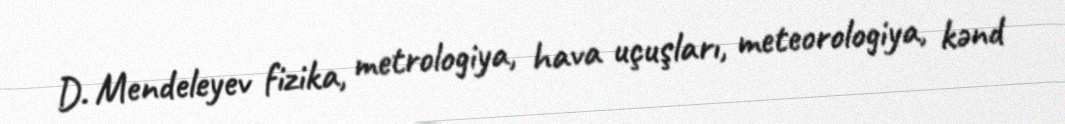
D. Mendeleyev fizika, metrologiya, hava uçuşları, meteorologiya, kənd